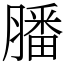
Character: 膰